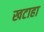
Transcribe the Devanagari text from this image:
खटाहा